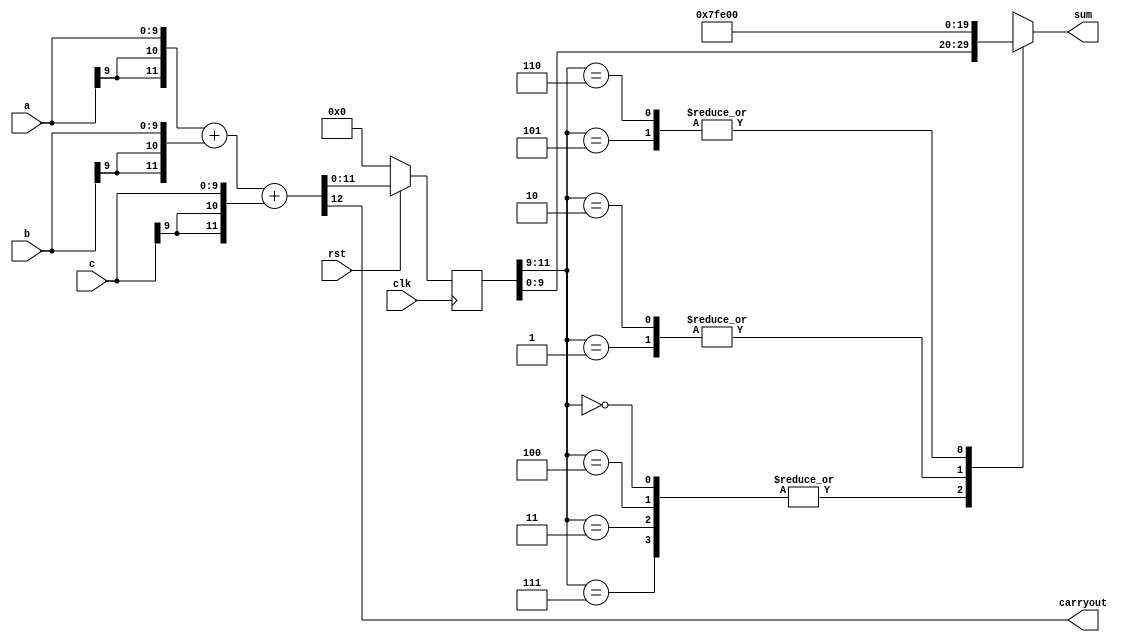
`timescale 1ns / 1ps
//////////////////////////////////////////////////////////////////////////////////
// Company: 
// Engineer: 
// 
// Design Name: 
// Module Name: AdderW_3in_pipelined
// Project Name: 
// Target Devices: 
// Tool Versions: 
// Description: 
// 
// Dependencies: 
// 
// Revision:
// Revision 0.01 - File Created
// Additional Comments:
// Bug1: c was not sign extended before addition : Fixed by adding z
// error1: for c=-4=3'b100, suminter=4 = 0+0+(-4); should be summinter=-4
// Bug2: Sign extension should be by 2 bits instead of 1 bit.
// error2: case01, a=b=c=-4, suminter should be -12, but it is +4 (4'b0100) since 1 extra bit missing
// error2: case10, a=b=c=+3, suminter should be +9, but it is -7 (4'b1001) since 1 extra sign bit is missing
// soln: if suminter= -12 (5'b10100), case 101
// soln: if suminter= +9 (5'b01001), case 010
// case 000,100,011,111: sum is same as suminter[W-1:0]
// Sat logic modified to:-
// case 001: same as old max +ve
// case 110: same as old max -ve
// case 101: max -ve
// case 010: max +ve
//////////////////////////////////////////////////////////////////////////////////


module AdderW_3in_pipelined(carryout, sum, a, b, c, clk, rst);
parameter W=10;//configurable parameter
output carryout;
output reg[W-1:0] sum;
input [W-1:0] a, b, c;
input clk, rst;
//for 2 operand adder:
//wire [W:0] x,y,z,sum_inter;
//assign x = {a[W-1],a};
//assign y = {b[W-1],b};

//for 3 operand adder (fix2)
wire [W+1:0] x,y,z,sum_inter_regin;
reg [W+1:0] sum_inter;

assign x = {a[W-1],a[W-1],a};
assign y = {b[W-1],b[W-1],b};
assign z = {c[W-1],c[W-1],c};//fix1

assign {carryout,sum_inter_regin} = x+y+z;//c; //fix1

//Sat Logic: 
// for 2 operand adder:
//always@(sum_inter)
//begin
//  case({sum_inter[W:W-1]})
//    2'b00,2'b11: sum = sum_inter[W-1:0]; 
//    2'b01: sum = {1'b0,{(W-1){1'b1}}};
//    2'b10: sum = {1'b1,{(W-1){1'b0}}};
//  endcase
//end

//Pipereg:
always@(posedge clk)
begin
  if(!rst)
  begin
    sum_inter<=0;
  end
  else
  begin
    sum_inter<=sum_inter_regin;
  end
end

//for 3 operand adder: (fix2)
always@(sum_inter)
begin
  case({sum_inter[W+1:W-1]})
    3'b000,3'b100, 3'b011, 3'b111: sum = sum_inter[W-1:0]; 
    3'b001: sum = {1'b0,{(W-1){1'b1}}};
    3'b101: sum = {1'b1,{(W-1){1'b0}}};
    3'b010: sum = {1'b0,{(W-1){1'b1}}};
    3'b110: sum = {1'b1,{(W-1){1'b0}}};
  endcase
end

endmodule